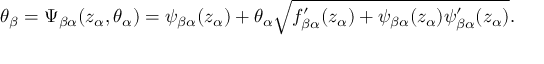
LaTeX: \theta _ { \beta } = \Psi _ { \beta \alpha } ( z _ { \alpha } , \theta _ { \alpha } ) = \psi _ { \beta \alpha } ( z _ { \alpha } ) + \theta _ { \alpha } \sqrt { f _ { \beta \alpha } ^ { \prime } ( z _ { \alpha } ) + \psi _ { \beta \alpha } ( z _ { \alpha } ) \psi _ { \beta \alpha } ^ { \prime } ( z _ { \alpha } ) } .